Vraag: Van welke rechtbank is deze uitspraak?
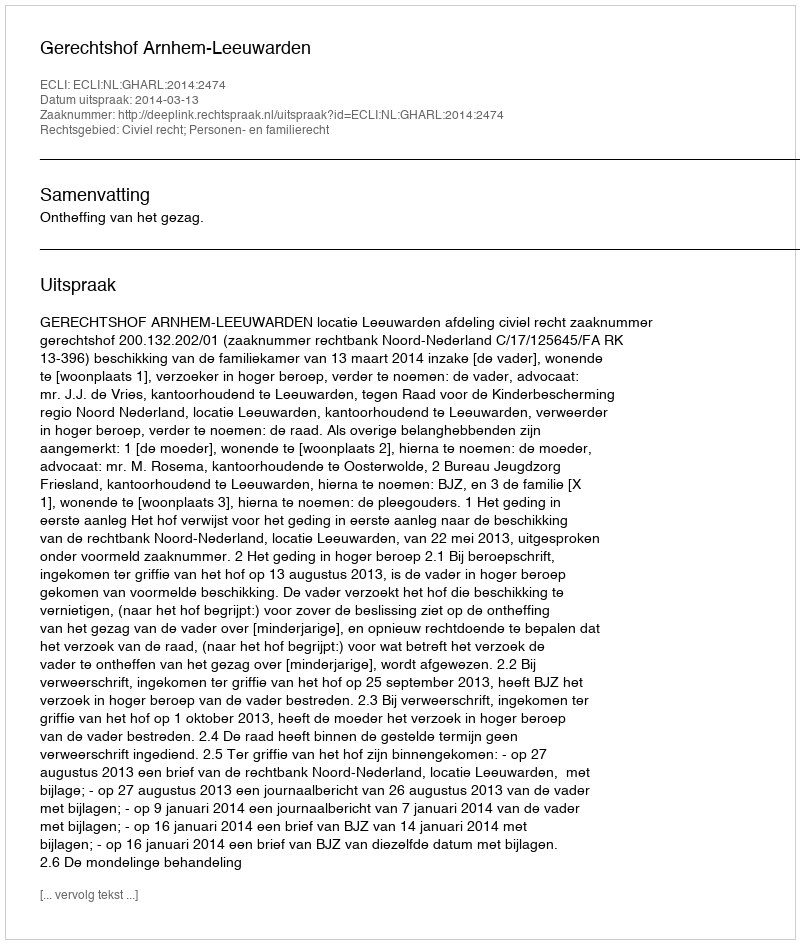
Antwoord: Gerechtshof Arnhem-Leeuwarden